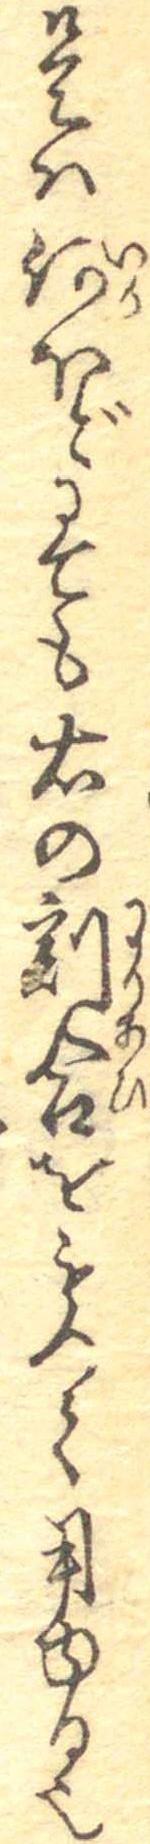
是は何ほどにても右の割合をもつて用ゆる也